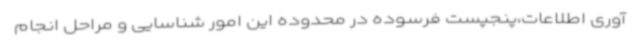
آوری اطلاعات،پنجپست فرسوده در محدوده این امور شناسایی و مراحل انجام